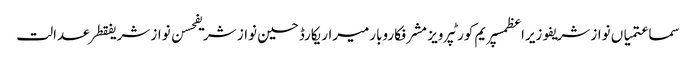
سماعتمیاں نواز شریفوزیراعظمسپریم کورٹپرویز مشرفکاروبارمیراریکارڈحسین نواز شریفحسن نواز شریفقطرعدالت